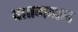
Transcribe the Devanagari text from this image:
घातगणन